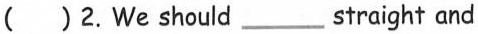
( )2.We should___ straight and